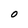
Character: O